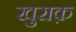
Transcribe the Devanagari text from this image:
खुराक़